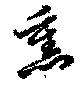
熏